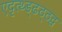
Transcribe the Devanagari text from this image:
एदृत्थ्ड्ढठ्ठद्व